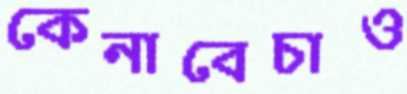
কেনাবেচাও